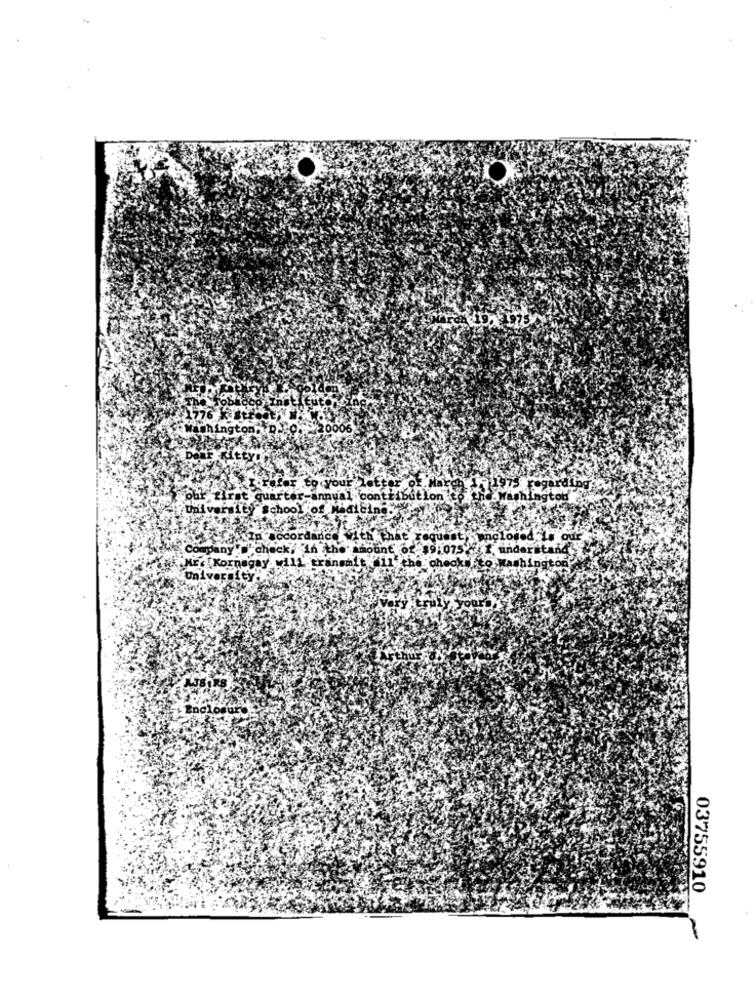
1975 regardin
our first quarter-annual contribution
tou
University School of Medicine .. hay
aque
Losed*
Com
$9,075
"ched)
MEETKornagay
University
Enclosure
03755910